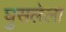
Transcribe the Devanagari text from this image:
घुसलेला